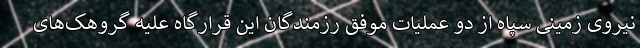
نیروی زمینی سپاه از دو عملیات موفق رزمندگان این قرارگاه علیه گروهک‌های